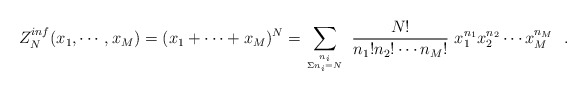
\begin{align*}Z_{N}^{inf}(x_1,\cdots, x_M) = (x_1+\cdots+x_M)^N = \sum_{{n_i}\atop{\Sigma n_i=N}} ~{N!\over n_1!n_2!\cdots n_M!} ~x_1^{n_1} x_2^{n_2}\cdots x_M^{n_M}\,\,\,\,.\end{align*}